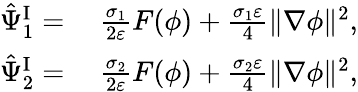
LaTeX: \begin{array}{rl}{\hat{\Psi}_{1}^{\mathrm{I}}=}&{{}~\frac{\sigma_{1}}{2\varepsilon}F(\phi)+\frac{\sigma_{1}\varepsilon}{4}\| \nabla\phi\| ^{2},}\\ {\hat{\Psi}_{2}^{\mathrm{I}}=}&{{}~\frac{\sigma_{2}}{2\varepsilon}F(\phi)+\frac{\sigma_{2}\varepsilon}{4}\| \nabla\phi\| ^{2},}\end{array}